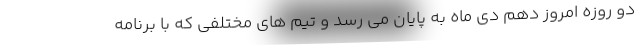
دو روزه امروز دهم دی ماه به پایان می رسد و تیم های مختلفی که با برنامه